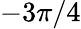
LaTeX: -3\pi/4